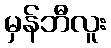
မှန်ဘီလူး